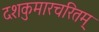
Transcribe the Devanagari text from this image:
दशकुमारचरितम्